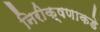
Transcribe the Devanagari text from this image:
निरीक्षणाकडे